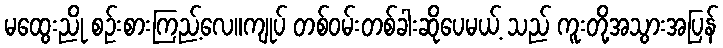
မထွေးညို စဉ်းစားကြည့်လေ။ကျုပ် တစ်ဝမ်းတစ်ခါးဆိုပေမယ့် သည် ကူးတို့အသွားအပြန်